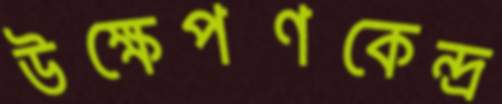
উক্ষেপণকেন্দ্র